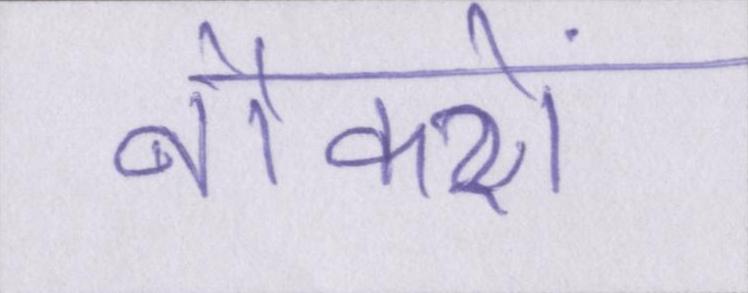
नौकरों